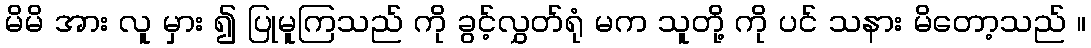
မိမိ အား လူ မှား ၍ ပြုမူကြသည် ကို ခွင့်လွှတ်ရုံ မက သူတို့ ကို ပင် သနား မိတော့သည် ။